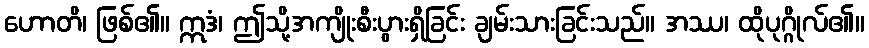
ဟောတိ၊ ဖြစ်၏။ ဣဒံ၊ ဤသို့အကျိုးစီးပွားရှိခြင်း ချမ်းသားခြင်းသည်။ အဿ၊ ထိုပုဂ္ဂိုလ်၏။